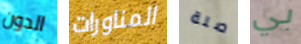
الدون المناورات صلة بي